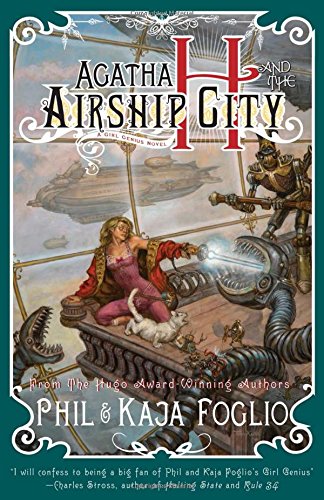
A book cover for Agatha H. and the Airship City (Girl Genius); Kaja Foglio; Science Fiction & Fantasy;